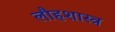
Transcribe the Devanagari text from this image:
लौहशास्त्र